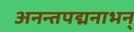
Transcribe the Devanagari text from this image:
अनन्तपद्मनाभन्